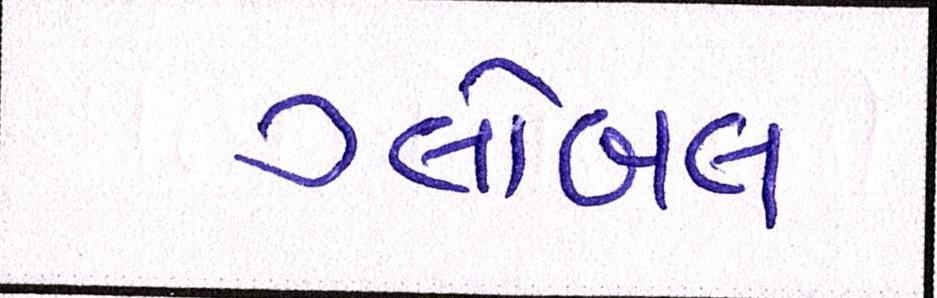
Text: ગ્લોબલ